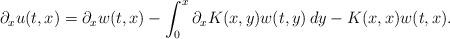
LaTeX: \begin{align*}\partial_x u(t, x) = \partial_x w(t, x) - \int_0^x \partial_x K(x,y) w(t, y) \, dy - K(x,x) w(t, x).\end{align*}